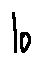
l o